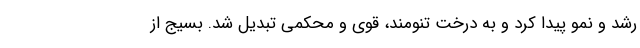
رشد و نمو پیدا کرد و به درخت تنومند، قوی و محکمی تبدیل شد. بسیج از